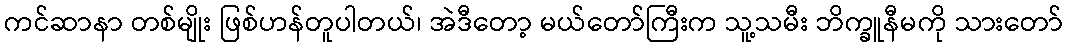
ကင်ဆာနာ တစ်မျိုး ဖြစ်ဟန်တူပါတယ်၊ အဲဒီတော့ မယ်တော်ကြီးက သူ့သမီး ဘိက္ခူနီမကို သားတော်